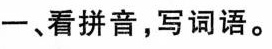
一、看拼音，写词语。